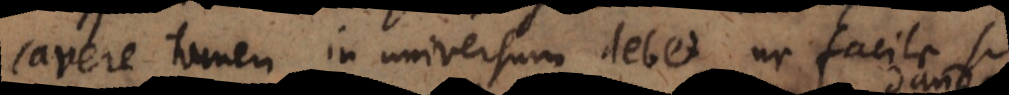
cavere tamen in universum debet ne facile si